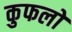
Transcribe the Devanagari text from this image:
कुफलों